Document type: Clause in a will
Year: 1320
Scribe: Francesc de Torre
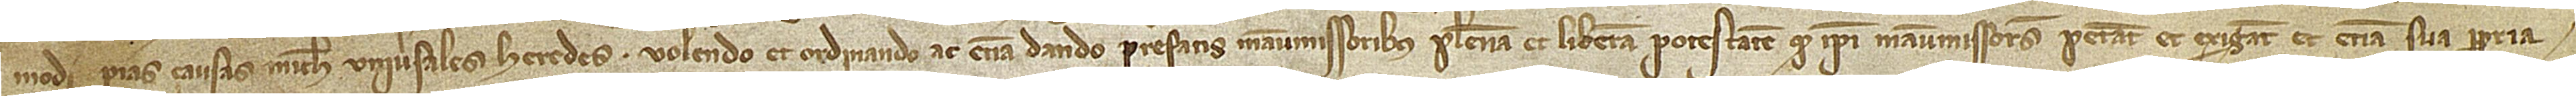
modi pias causas michi universales heredes. Volendo et ordinando ac etiam dando prefatis manumissoribus plenam et liberamn potestatem quod ipsi manumissores petant et exigant et etiam sua propia